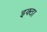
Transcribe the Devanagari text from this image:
इक्ठा